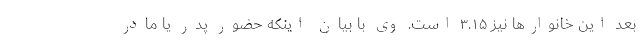
بُعد این خانوارها نیز ۳.۱۵ است. وی با بیان اینکه حضور پدر یا مادر